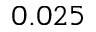
0 . 0 2 5